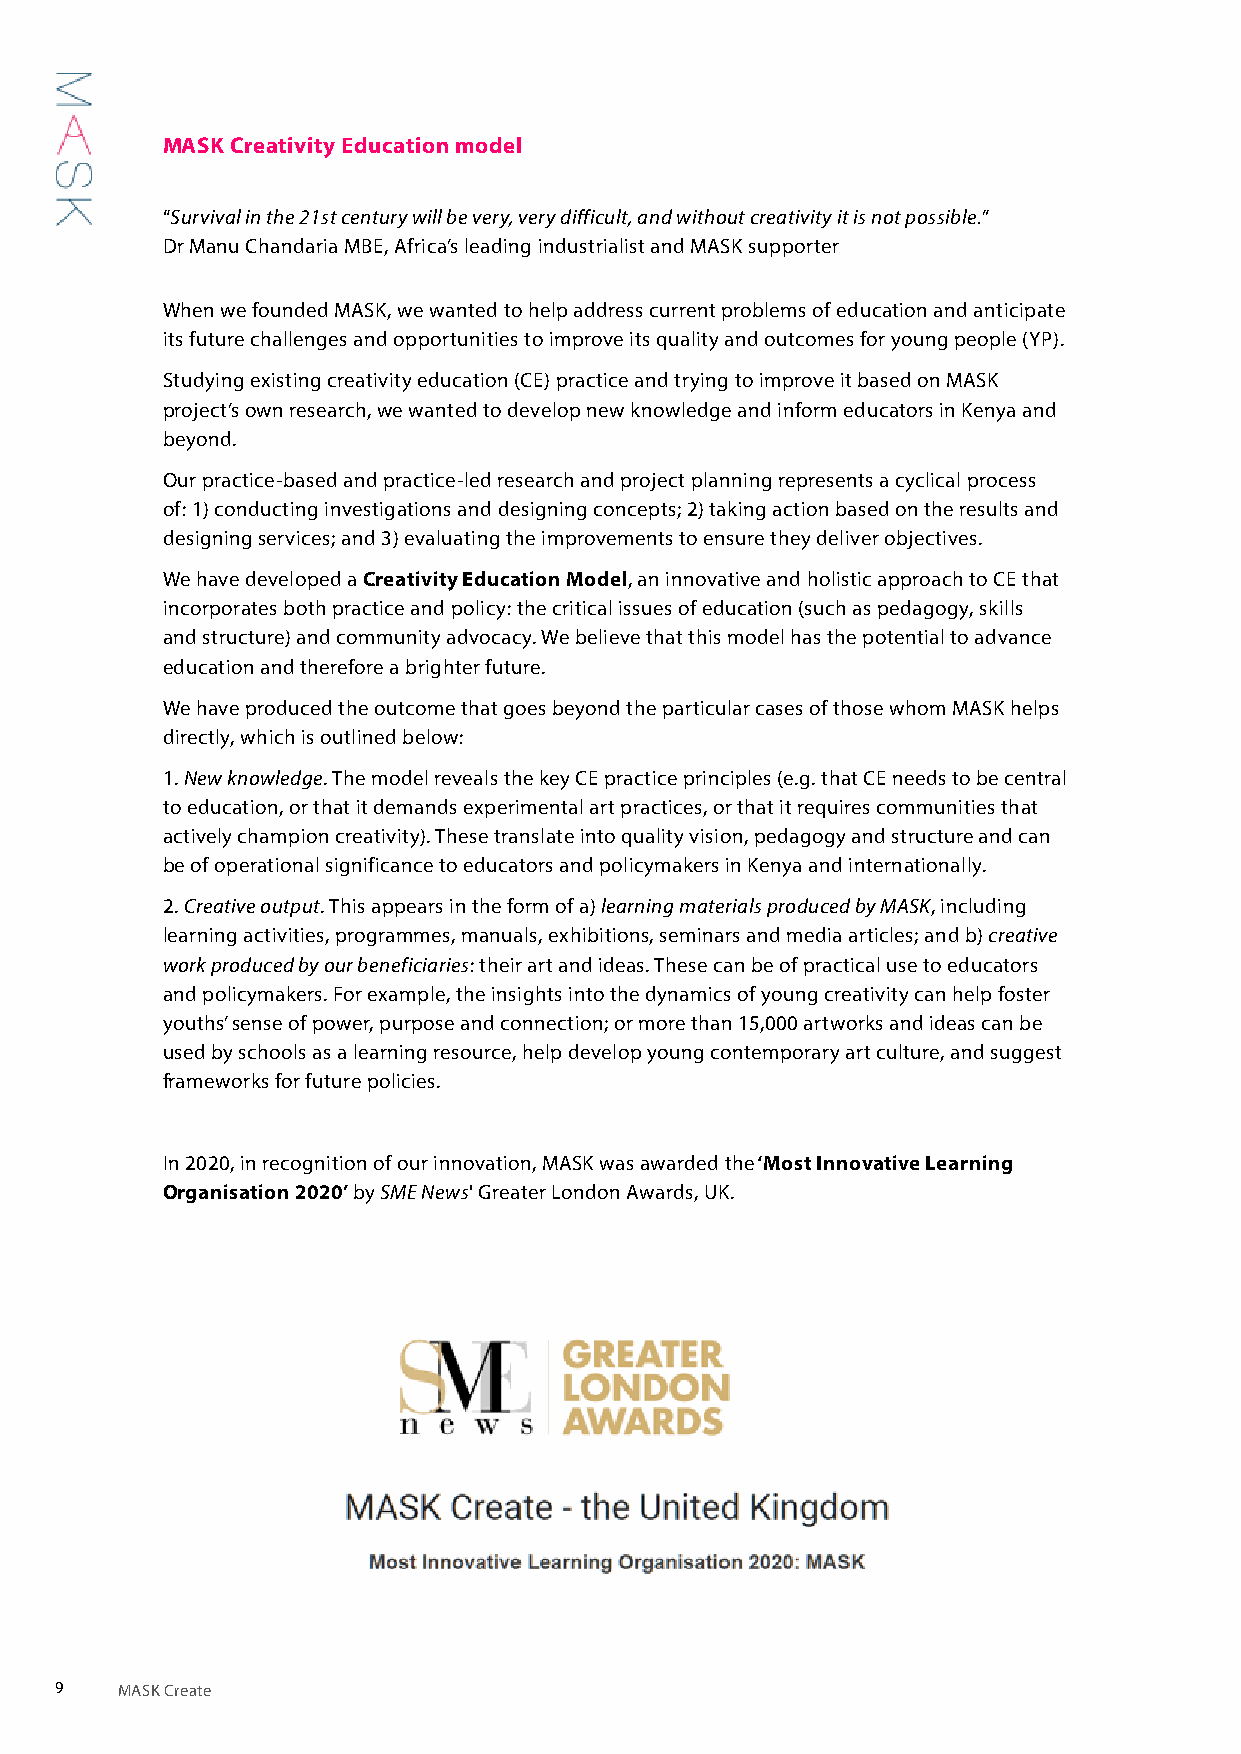
MASK Creativity Education model
 “Survival in the 21st century will be very, very difficult, and without creativity it is not possible.”
 Dr Manu Chandaria MBE, Africa’s leading industrialist and MASK supporter
 When we founded MASK, we wanted to help address current problems of education and anticipate
 its future challenges and opportunities to improve its quality and outcomes for young people (YP).
 Studying existing creativity education (CE) practice and trying to improve it based on MASK
 project’s own research, we wanted to develop new knowledge and inform educators in Kenya and
 beyond.
 Our practice-based and practice-led research and project planning represents a cyclical process
 of: 1) conducting investigations and designing concepts; 2) taking action based on the results and
 designing services; and 3) evaluating the improvements to ensure they deliver objectives.
 We have developed a Creativity Education Model, an innovative and holistic approach to CE that
 incorporates both practice and policy: the critical issues of education (such as pedagogy, skills
 and structure) and community advocacy. We believe that this model has the potential to advance
 education and therefore a brighter future.
 We have produced the outcome that goes beyond the particular cases of those whom MASK helps
 directly, which is outlined below:
 1. New knowledge. The model reveals the key CE practice principles (e.g. that CE needs to be central
 to education, or that it demands experimental art practices, or that it requires communities that
 actively champion creativity). These translate into quality vision, pedagogy and structure and can
 be of operational significance to educators and policymakers in Kenya and internationally.
 2. Creative output. This appears in the form of a) learning materials produced by MASK, including
 learning activities, programmes, manuals, exhibitions, seminars and media articles; and b) creative
 work produced by our beneficiaries: their art and ideas. These can be of practical use to educators
 and policymakers. For example, the insights into the dynamics of young creativity can help foster
 youths’ sense of power, purpose and connection; or more than 15,000 artworks and ideas can be
 used by schools as a learning resource, help develop young contemporary art culture, and suggest
 frameworks for future policies.
 In 2020, in recognition of our innovation, MASK was awarded the ‘Most Innovative Learning
 Organisation 2020’ by SME News' Greater London Awards, UK.
 9   MASK Create